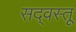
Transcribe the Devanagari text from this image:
सद्‌वस्तू